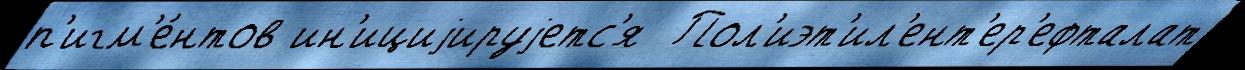
п'игм'е́нтов ин'ициjируjетс'я  Пол'иэт'ил'ент'ер'ефталат